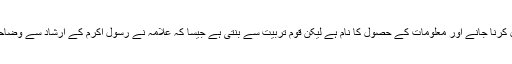
تعلیم حاصل کرنا جانے اور معلومات کے حصول کا نام ہے لیکن قوم تربیت سے بنتی ہے جیسا کہ علامہ نے رسول اکرم کے ارشاد سے وضاحت کی ہے۔